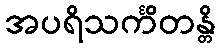
အပရိသင်္ကိတန္တိ